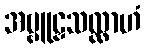
အဗ္ဗူဠှသလ္လာဟံ